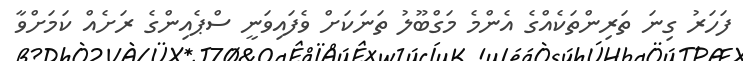
ފަހަރު ގިނަ ތަރިންތަކެއްގެ އެންމެ މަގްބޫލު ތަނަކަށް ވެފައިވަނީ ސްޕެއިންގެ ރަށެއް ކަމަށްވާ